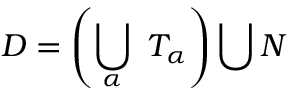
D = \left( \bigcup _ { \alpha } \ { \cal T } _ { \alpha } \right) \bigcup { \cal N }